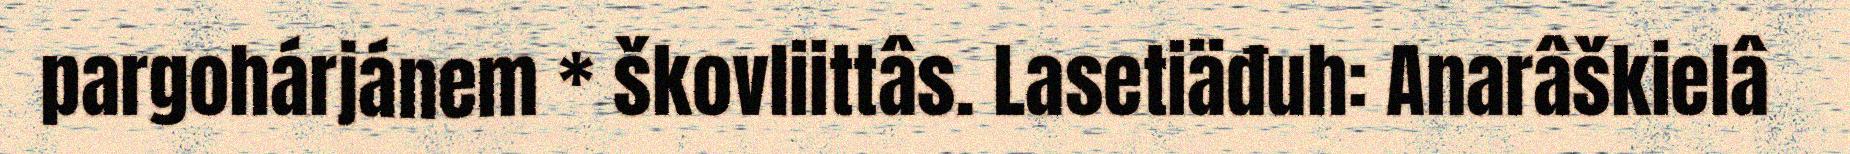
pargohárjánem * škovliittâs. Lasetiäđuh: Anarâškielâ